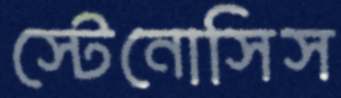
স্টেনোসিস